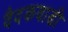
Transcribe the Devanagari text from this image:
वैदकवाडी